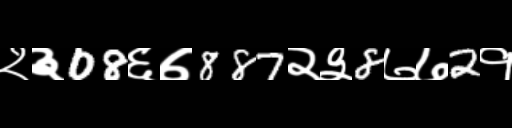
Text: २३08६७887२३8७७2१